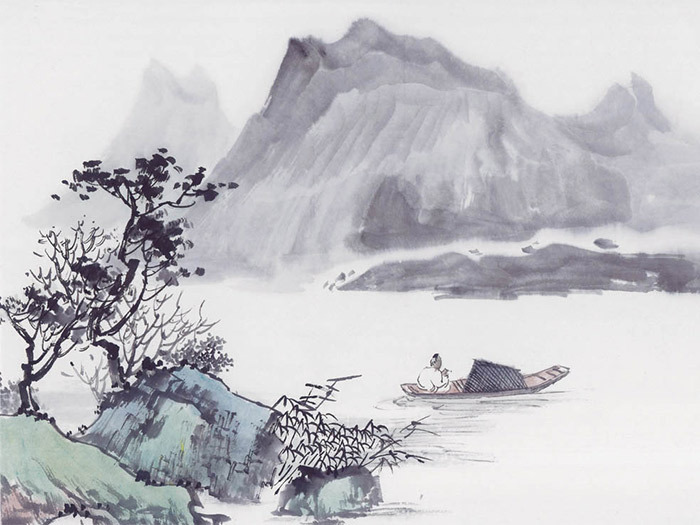
寒食后，酒醒却咨嗟。